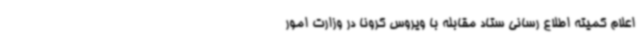
اعلام کمیته اطلاع رسانی ستاد مقابله با ویروس کرونا در وزارت امور